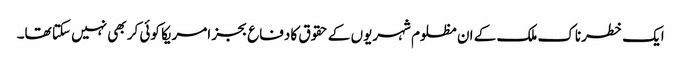
ایک خطرناک ملک کے ان مظلوم شہریوں کے حقوق کا دفاع بجز امریکا کوئی کر بھی نہیں سکتا تھا۔